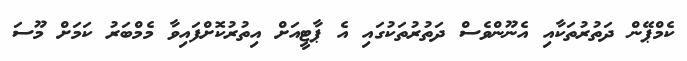
ކެމްޕޭން ދަތުރުތަކާއި އެނޫންވެސް ދަތުރުތަކުގައި އެ ޕާޓީއަށް އިތުރުކޮށްފައިވާ މެމްބަރު ކަމަށް މޫސަ